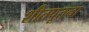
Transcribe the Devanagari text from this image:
शीतपूतना